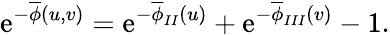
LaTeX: \mathrm{e}^{-\overline{{{{\phi}}}}(u,v)}=\mathrm{e}^{-\overline{{{{\phi}}}}_{II}(u)}+\mathrm{e}^{-\overline{{{{\phi}}}}_{III}(v)}-1.